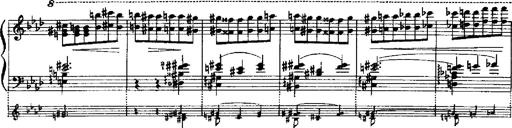
Title: RÃ©miniscences de Robert le diable
Composer: Franz Liszt